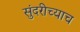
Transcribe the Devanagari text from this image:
सुंदरीच्याच